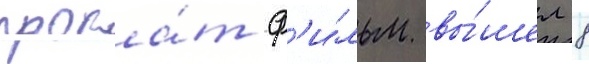
прока́т ф'и́льм вы́шел 8